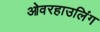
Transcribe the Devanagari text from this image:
ओवरहाउलिंग